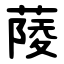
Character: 䔖